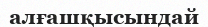
алғашқысындай